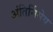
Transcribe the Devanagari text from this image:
अंतिर्निमेय